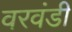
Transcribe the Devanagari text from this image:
वरवंडी